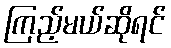
ကြည့်မယ်ဆိုရင်